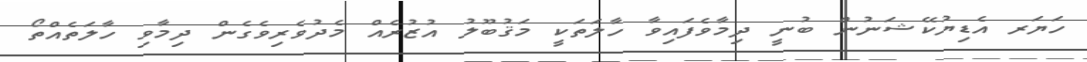
ހަޔަރ އެޑިޔުކޭޝަނުން ބުނީ ދިމާވެފައިވާ ހާލަތަކީ މަޤުބޫލު އުޒުރެއް މެދުވެރިވެގެން ދިމާވި ހާލަތެއްތޯ